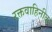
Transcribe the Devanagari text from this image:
रक्तवाहिनीत